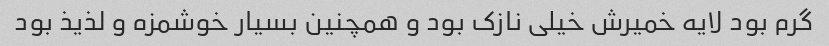
گرم بود لایه خمیرش خیلی نازک بود و همچنین بسیار خوشمزه و لذیذ بود